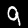
Label: 9